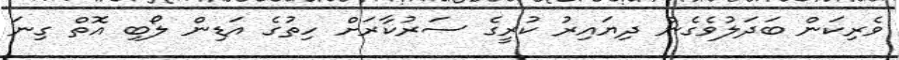
ވެރިކަން ބަދަލުވެގެން ދިޔައިރު ކުރީގެ ސަރުކާރަށް ހިތުގެ އަޑިން ލޯބި އޮތް ގިނަ